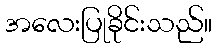
အလေးပြုခိုင်းသည်။